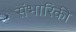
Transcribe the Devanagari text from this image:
संभारिकी